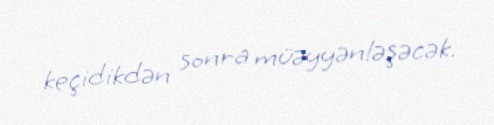
keçidikdən sonra müəyyənləşəcək.